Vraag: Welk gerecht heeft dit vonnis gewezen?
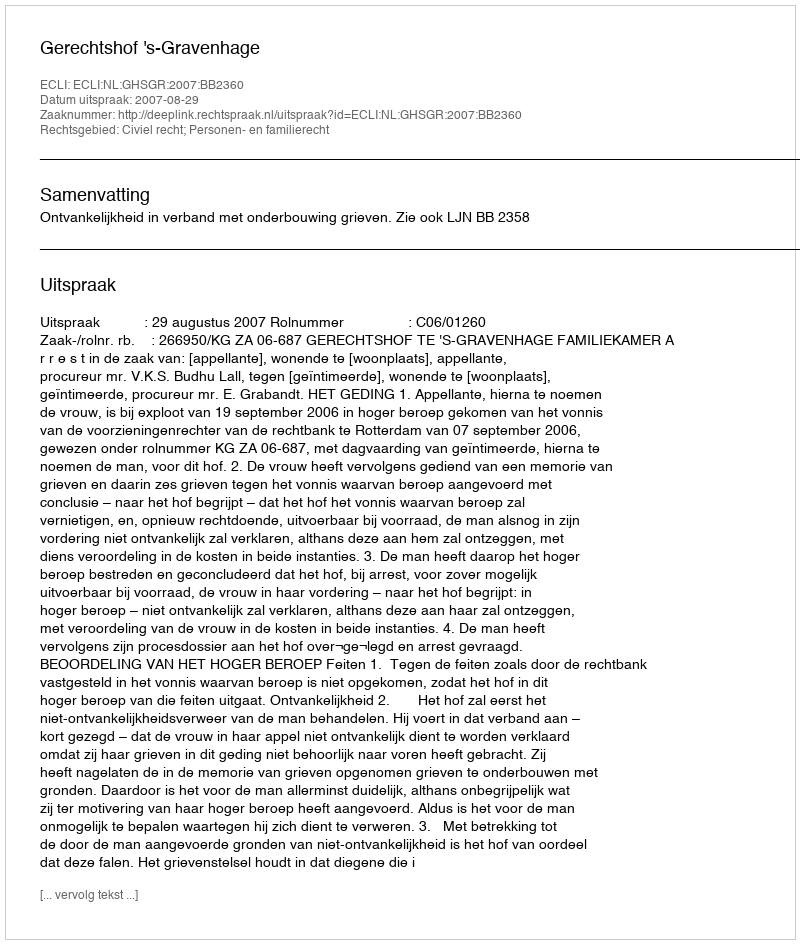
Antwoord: Gerechtshof 's-Gravenhage